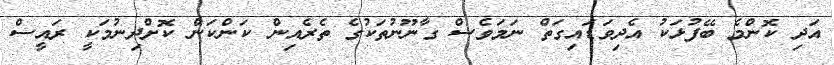
އަދި ކޮންމެ ބޭފުޅަކު އެދިވަޑައިގަތް ނަމަވެސް ގާނޫނުތަކުގެ ތެރެއިން ކަންކަން ކޮށްދިނުމަކީ ރައީސް